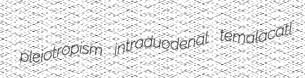
pleiotropism intraduodenal temalacatl